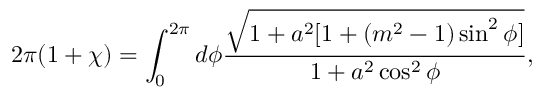
2 \pi ( 1 + \chi ) = \int _ { 0 } ^ { 2 \pi } d \phi \frac { \sqrt { 1 + a ^ { 2 } [ 1 + ( m ^ { 2 } - 1 ) \sin ^ { 2 } \phi ] } } { 1 + a ^ { 2 } \cos ^ { 2 } \phi } ,